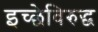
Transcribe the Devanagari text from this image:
इच्छेविरुद्ध